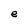
Character: e